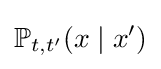
\mathbb {P} _{t,t'}(x\mid x')